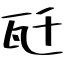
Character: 瓩